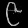
Digit: ၉